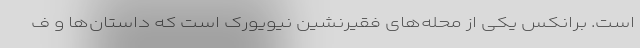
است. برانکس یکی از محله‌های فقیرنشین نیویورک است که داستان‌ها و ف